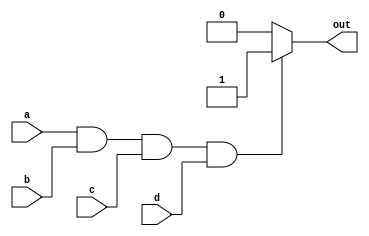
module four_input_and_gate(
    input a,
    input b,
    input c,
    input d,
    output reg out
);

always @(*)
begin
    if (a && b && c && d)
        out = 1;
    else
        out = 0;
end

endmodule